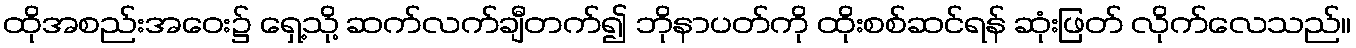
ထိုအစည်းအဝေး၌ ရှေ့သို့ ဆက်လက်ချီတက်၍ ဘိုနာပတ်ကို ထိုးစစ်ဆင်ရန် ဆုံးဖြတ် လိုက်လေသည်။